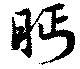
眄